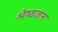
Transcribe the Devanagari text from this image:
श्रेष्‍ठजन